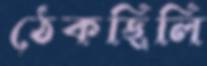
ঠেকছিলি